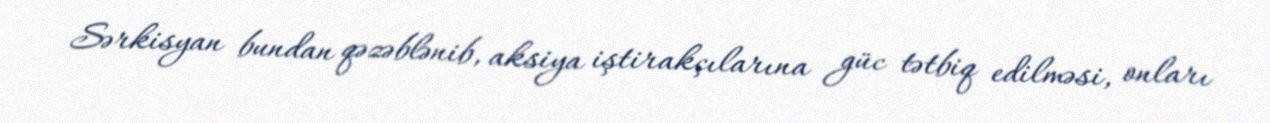
Sərkisyan bundan qəzəblənib, aksiya iştirakçılarına güc tətbiq edilməsi, onları